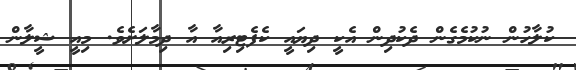
ކުލާހުން ނުކުމެގެން ދެކުދިން އެކީ ދިޔައީ ކެފެޓިރިއާ އާ ދިމާލަށެވެ. މިއީ ޝީލާން